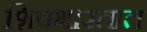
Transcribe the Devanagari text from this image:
शिवभारतात